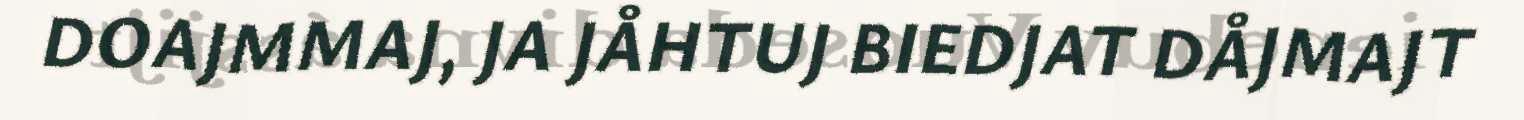
DOAJMMAJ, JA JÅHTUJ BIEDJAT DÅJMAJT